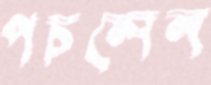
পচলেন